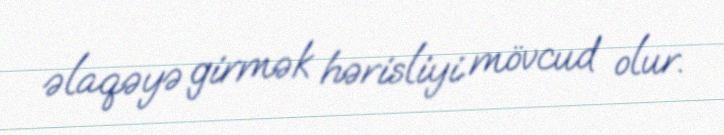
əlaqəyə girmək hərisliyi mövcud olur.